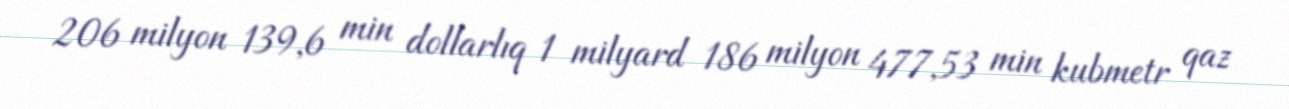
206 milyon 139,6 min dollarlıq 1 milyard 186 milyon 477,53 min kubmetr qaz